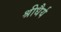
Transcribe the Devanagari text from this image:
श्रीधैर्य